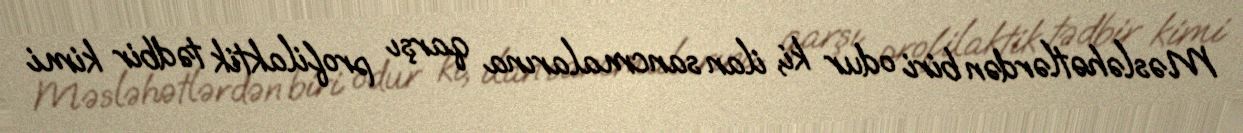
Məsləhətlərdən biri odur ki, ilan sancmalarına qarşı profilaktik tədbir kimi